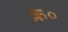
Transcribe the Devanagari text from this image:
क्र०